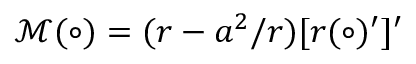
\mathcal { M } ( \circ ) = ( r - a ^ { 2 } / r ) [ r ( \circ ) ^ { \prime } ] ^ { \prime }